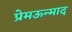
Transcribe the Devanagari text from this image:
प्रेमऊन्माद